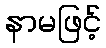
နာမဖြင့်